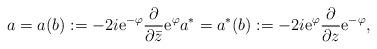
LaTeX: \begin{align*}a = a(b) := -2i \textup{e}^{-\varphi} \frac{\partial}{\partial \bar{z}} \textup{e}^{\varphi} a^{\ast} = a^{\ast}(b) := -2i \textup{e}^{\varphi} \frac{\partial}{\partial z} \textup{e}^{-\varphi},\end{align*}